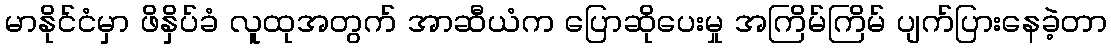
မာနိုင်ငံမှာ ဖိနှိပ်ခံ လူထုအတွက် အာဆီယံက ပြောဆိုပေးမှု အကြိမ်ကြိမ် ပျက်ပြားနေခဲ့တာ